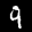
Label: 9